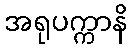
အရုပက္ကာနိ